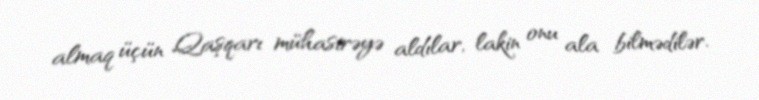
almaq üçün Qaşqarı mühasirəyə aldılar, lakin onu ala bilmədilər.